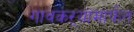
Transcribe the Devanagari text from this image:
गावकऱ्यांमार्फत